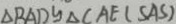
\Delta B A D y \Delta C A E ( S A S )